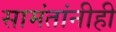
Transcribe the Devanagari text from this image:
सामंतांनीही